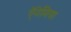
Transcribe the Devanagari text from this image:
ऍनेमिया